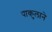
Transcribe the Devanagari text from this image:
पाकुलाने